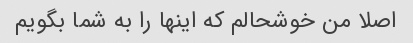
اصلا من خوشحالم که اینها را به شما بگویم